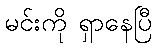
မင်းကို ရှာနေပြီ